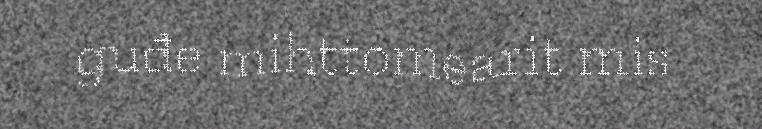
guđe mihttomearit mis